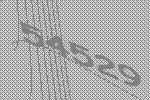
54529